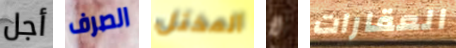
أجل الصرف المختل لا العقارات